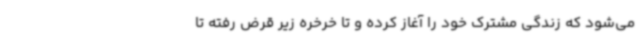
می‌شود که زندگی مشترک خود را آغاز کرده و تا خرخره زیر قرض رفته تا